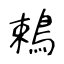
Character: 鵣